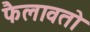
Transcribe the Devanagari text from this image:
फैलावतो